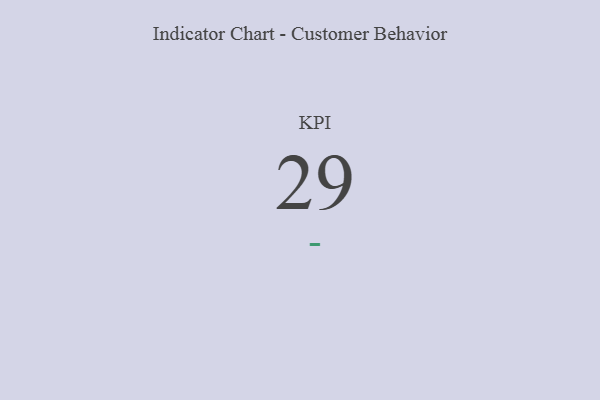
{"axis": {"x": "KPI", "y": "Value"}, "legend": [""], "data": [{"x": "KPI", "y": 29, "type": ""}]}